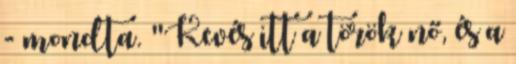
- mondta. "Kevés itt a török nő, és a